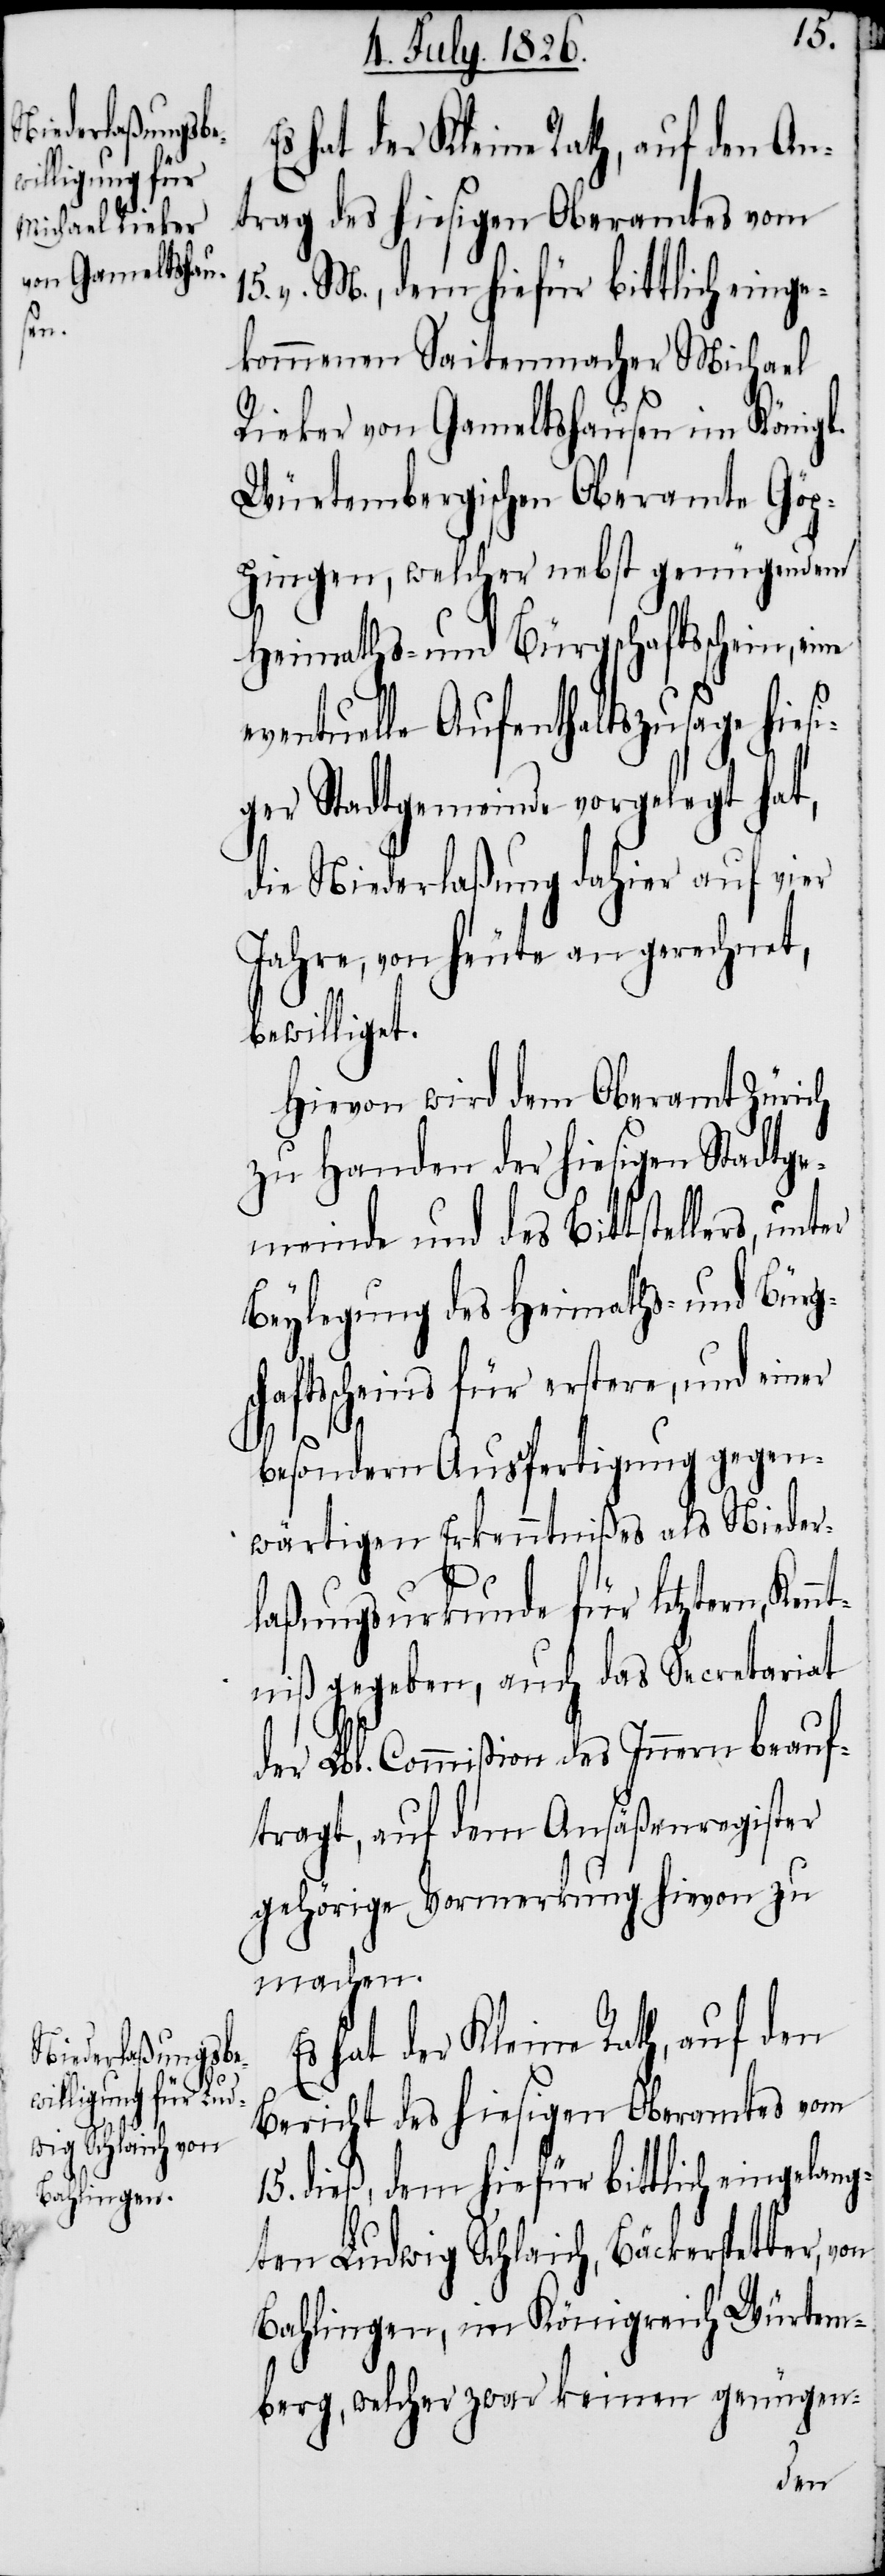
sch¬

15.
Es hat der Kleine Rath, auf den An¬
trag des hiesigen Oberamtes vom
15. v. M., dem hiefür bittlich einge¬
kommenen Saitenmacher Michael
Rieker von Gameltshausen im Königl.
Würtembergischen Oberamte Göp¬
pingen, welcher nebst genügendem
Heimaths- und Bürgschaftsschein,
eventuelle Aufenthaltszusage hiesi¬
ger Stadtgemeinde vorgelegt hat,
die Niederlaßung dahier auf vier
Jahre, von heute an gerechnet,
bewilliget.
Hievon wird dem Oberamt Zürich
zu Handen der hiesigen Stadtge¬
meinde und des Bittstellers, un¬
Beylegung des Heimaths- und Bürg¬
aftsscheins für erstere, und einer
besondern Ausfertigung gegen¬
wärtigen Erkenntnißes als Nieder¬
laßungsurkunde für letztern, Ken¬
ntniß gegeben, auch das Secretariat
der Lbl. Commißion des Innern beauf¬
tragt, auf dem Ansäßenregister
gehörige Vormerkung hievon zu
machen.
hat der Kleine Rath, auf den
Bericht des hiesigen Oberamtes vom
dieß, dem hiefür bittlich eingelang¬
ten Ludwig Schlaich, Bäckerstetter,
Bahlingen, im Königreich Würtem¬
berg, welcher zwar keinen genügen-
ter